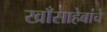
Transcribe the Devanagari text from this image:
खाँसाहेबांचे